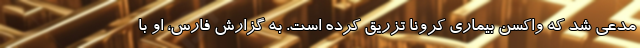
مدعی شد که واکسن بیماری کرونا تزریق کرده است. به گزارش فارس، او با